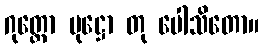
ဂုတ္တော ပုဋ္ဌော တု ပေါသိတော။